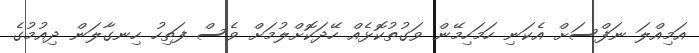
އަމިއްލަ ނަފްސަށް އެކަނި ހަމަހިމޭން ވަގުތުކޮޅެއް ހޭދަކޮށްލުމަށް ވެސް ފަތިހު ހިނގާލަން ދިއުމުގެ